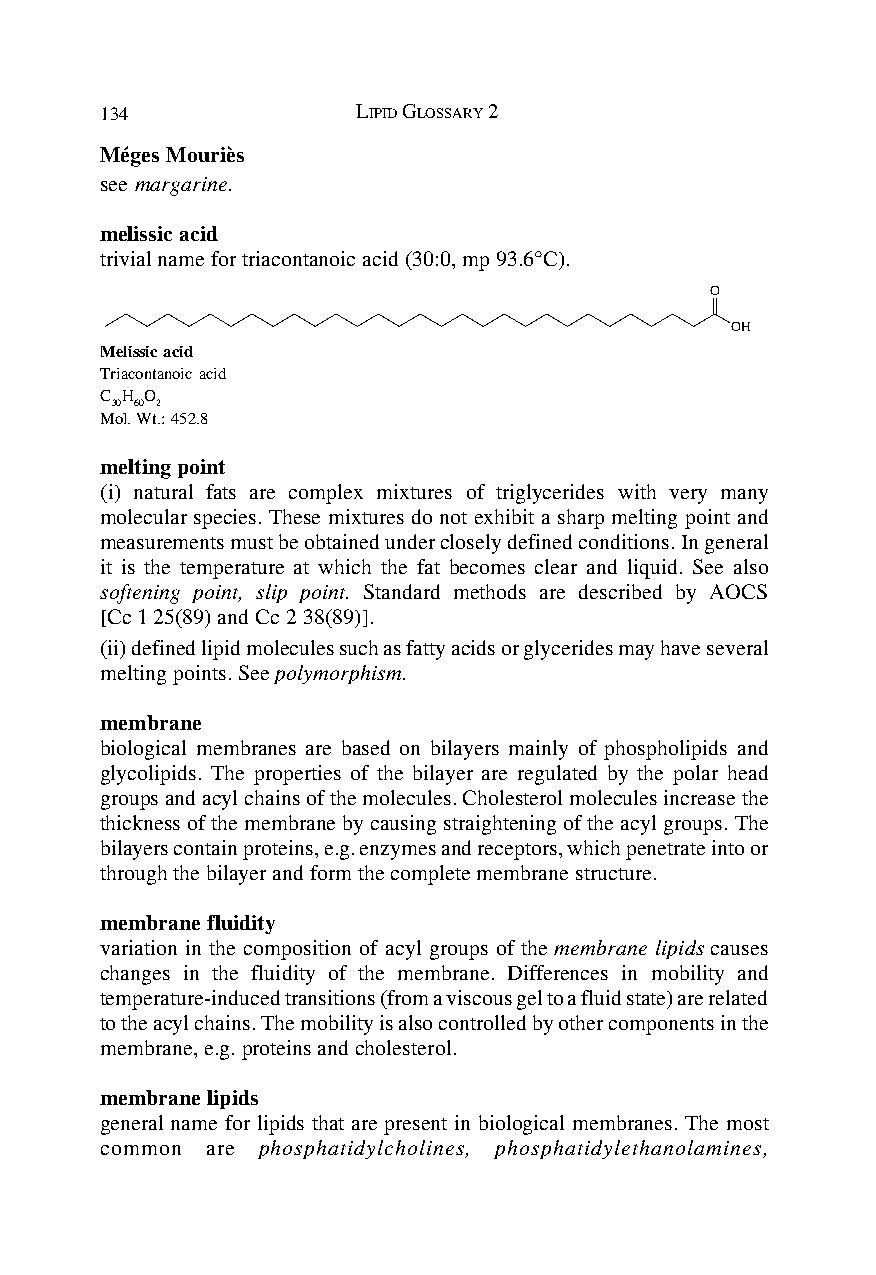
134              LIPID GLOSSARY 2
 Méges Mouriès
 see margarine.
 melissic acid
 trivial name for triacontanoic acid (30:0, mp 93.6°C).
 O
 OH
 Melissic acid
 Triacontanoic acid
 C H O
 30 60 2
 Mol. Wt.: 452.8
 melting point
 (i) natural fats are complex mixtures of triglycerides with very many
 molecular species. These mixtures do not exhibit a sharp melting point and
 measurements must be obtained under closely defined conditions. In general
 it is the temperature at which the fat becomes clear and liquid. See also
 softening point, slip point. Standard methods are described by AOCS
 [Cc 1 25(89) and Cc 2 38(89)].
 (ii) defined lipid molecules such as fatty acids or glycerides may have several
 melting points. See polymorphism.
 membrane
 biological membranes are based on bilayers mainly of phospholipids and
 glycolipids. The properties of the bilayer are regulated by the polar head
 groups and acyl chains of the molecules. Cholesterol molecules increase the
 thickness of the membrane by causing straightening of the acyl groups. The
 bilayers contain proteins, e.g. enzymes and receptors, which penetrate into or
 through the bilayer and form the complete membrane structure.
 membrane fluidity
 variation in the composition of acyl groups of the membrane lipids causes
 changes in the fluidity of the membrane. Differences in mobility and
 temperature-induced transitions (from a viscous gel to a fluid state) are related
 to the acyl chains. The mobility is also controlled by other components in the
 membrane, e.g. proteins and cholesterol.
 membrane lipids
 general name for lipids that are present in biological membranes. The most
 common are phosphatidylcholines, phosphatidylethanolamines,